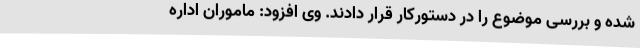
شده و بررسی موضوع را در دستورکار قرار دادند. وی افزود: ماموران اداره